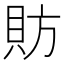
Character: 𫎒